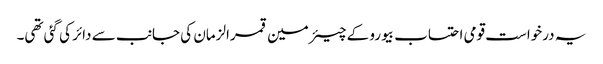
یہ درخواست قومی احتساب بیورو کے چیئرمین قمرالزمان کی جانب سے دائر کی گئی تھی۔